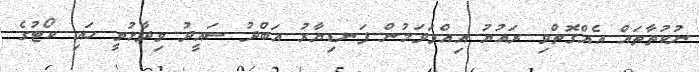
ނުކުތާތައް އެއްގޮތްވި ރައުޔު އިއްވަވަމުން ފަނޑިޔާރު އަބްދު ސައީދު ވިދާޅުވީ ހައި ކޯޓުގެ